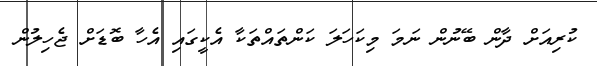
ކުރިއަށް ދާން ބޭނުން ނަމަ މިކަހަލަ ކަންތައްތަކާ އެކީގައި އެހާ ބޮޑަށް ޖެހިލުން